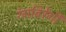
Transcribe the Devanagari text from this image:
रंगबिरेंगी